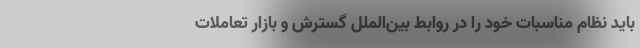
باید نظام مناسبات خود را در روابط بین‌الملل گسترش و بازار تعاملات